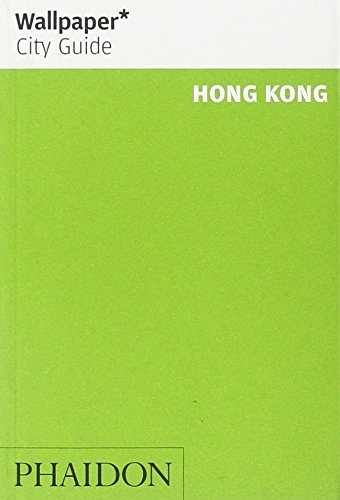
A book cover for Wallpaper* City Guide Hong Kong 2014 (Wallpaper City Guides); Travel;